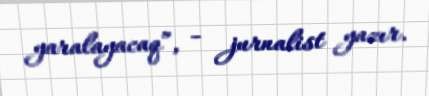
yaralayacaq”, - jurnalist yazır.